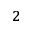
^ 2